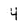
Character: 4